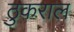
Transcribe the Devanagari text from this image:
ठुकराल